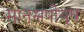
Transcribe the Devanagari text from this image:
मानसपीयूष